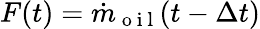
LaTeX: F(t)=\dot{m}_{\mathrm{~o~i~l~}}(t-\Delta t)